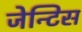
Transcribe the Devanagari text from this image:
जेन्टिस